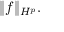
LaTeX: \| f \| _ { H ^ { p } } .